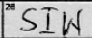
Transcription: SIW